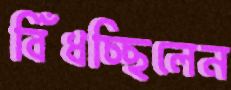
বিঁধচ্ছিলেন